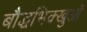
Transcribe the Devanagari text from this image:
बौद्धभिक्खुओं